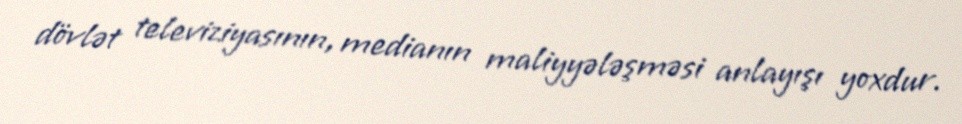
dövlət televiziyasının, medianın maliyyələşməsi anlayışı yoxdur.